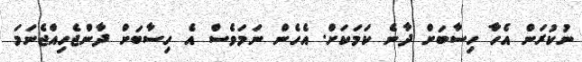
ނުކުރަން އެހާ ހިސާބަށް ދާނެ ކަމަކަށް. އެހެން ނަމަވެސް އެ ހިސާބަށް ދާންޖެހިއްޖެނަމަ